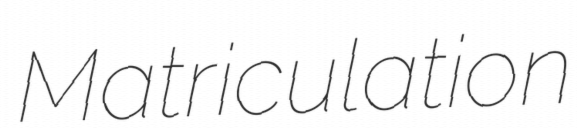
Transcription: Matriculation